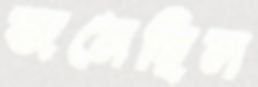
জমেছিল